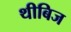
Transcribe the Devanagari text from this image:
थीबिज